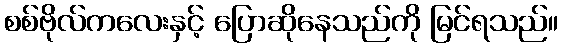
စစ်ဗိုလ်ကလေးနှင့် ပြောဆိုနေသည်ကို မြင်ရသည်။